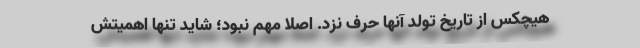
هیچکس از تاریخ تولد آنها حرف نزد. اصلا مهم نبود؛ شاید تنها اهمیتش